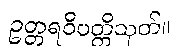
ဥတ္တရဝိပတ္တိသုတ်။